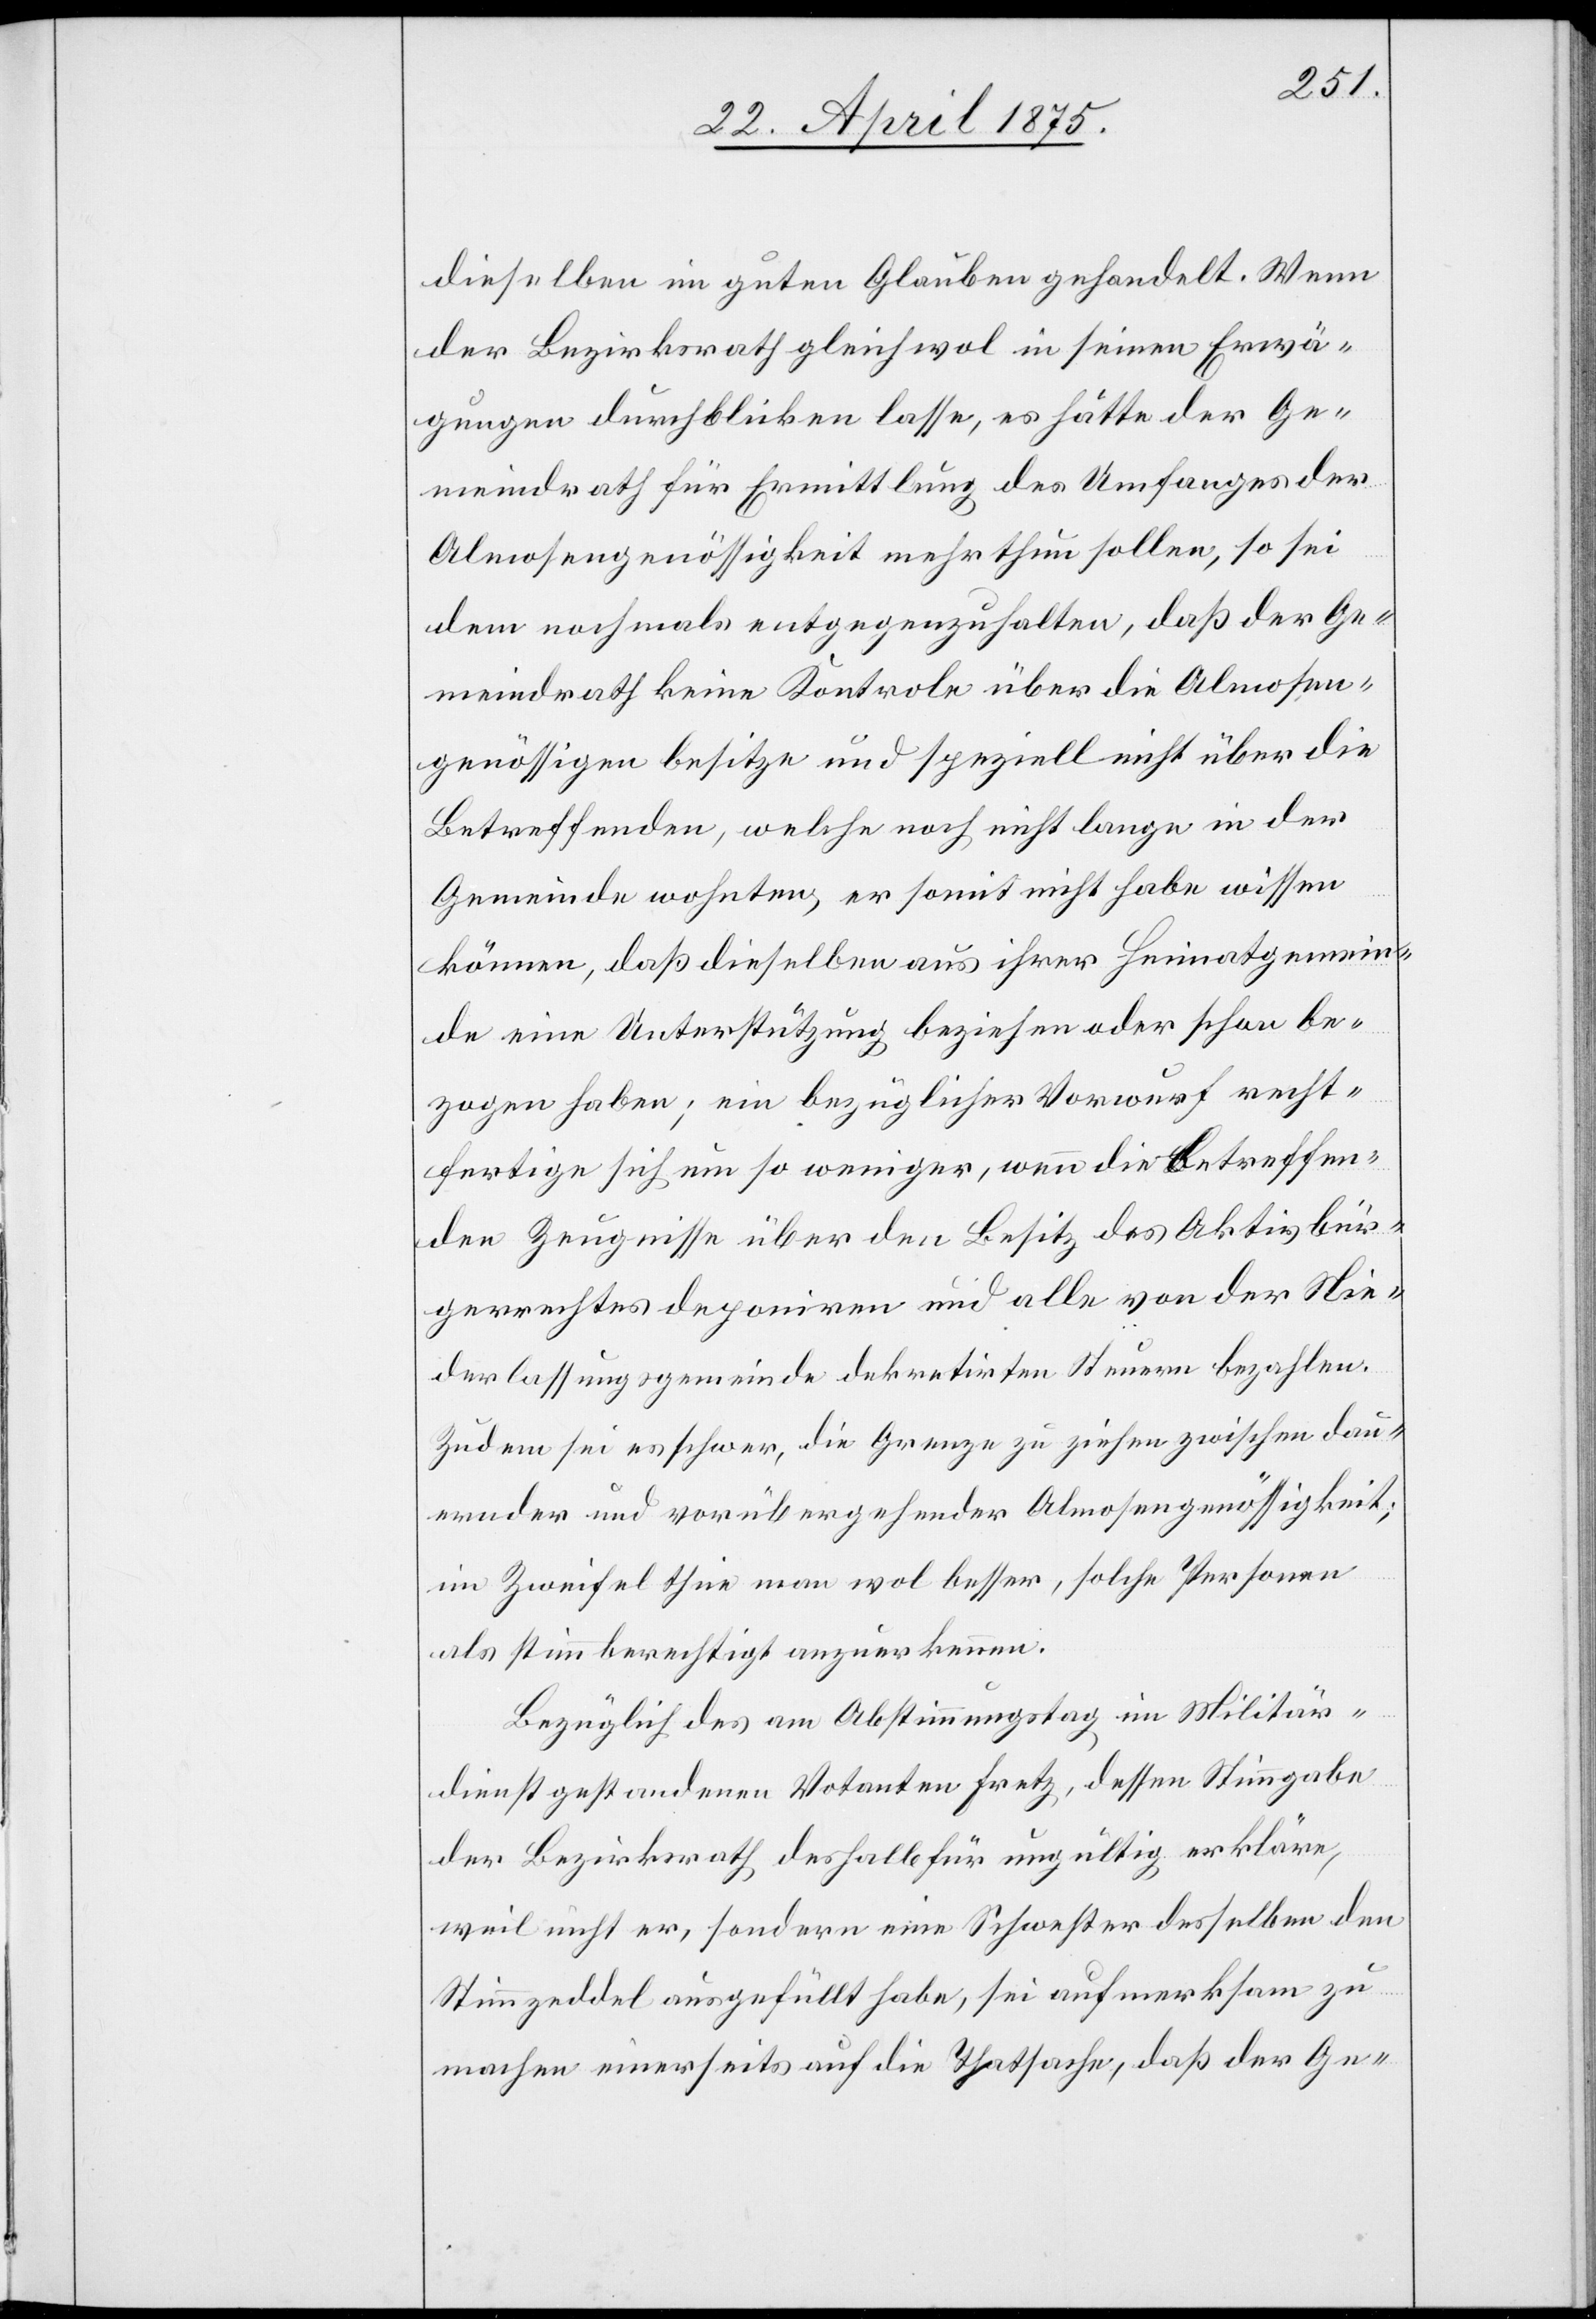
dieselben im guten Glauben gehandelt. Wenn
der Bezirksrath gleichwol in seinen Erwä¬
gungen durchblicken lasse, es hätte der Ge¬
meindrath für Ermittlung des Umfanges der
Almosengenössigkeit mehr thun sollen, so sei
dem nochmals entgegenzuhalten, daß der Ge¬
meindrath keine Kontrole über die Almosen¬
genössige besitze und speziell nicht über die
Betreffenden, welche noch nicht lange in der
Gemeinde wohnten, er somit nicht habe wissen
können, daß dieselben aus ihrer Heimatgemein¬
de eine Unterstützung beziehen oder schon be¬
zogen haben; ein bezüglicher Vorwurf recht¬
fertige sich um so weniger, wenn die Betreffen¬
den Zeugnisse über den Besitz des Aktivbür¬
gerrechtes deponiren und alle von der Nie¬
derlassungsgemeinde dekretirten Steuern bezahlen.
Zudem sei es schwer, die Grenzen zu ziehen zwischen dau¬
ernder und vorübergehender Almosengenössigkeit;
im Zweifel thue man wol besser, solche Personen
als stimmberechtigt anzuerkennen.
Bezüglich des am Abstimmungstag im Militär¬
dienst gestandenen Votanten Fretz, dessen Stimmgabe
der Bezirksrath deshalb für ungültig erkläre,
weil nicht er, sondern eine Schwester desselben den
Stimmzeddel ausgefüllt habe, sei aufmerksam zu
machen einerseits auf die Thatsache, daß der Ge-